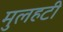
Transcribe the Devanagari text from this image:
मुलहटी